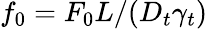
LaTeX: f_{0}=F_{0}L/(D_{t}\gamma_{t})